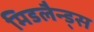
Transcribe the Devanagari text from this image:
मिडलैन्ड्स